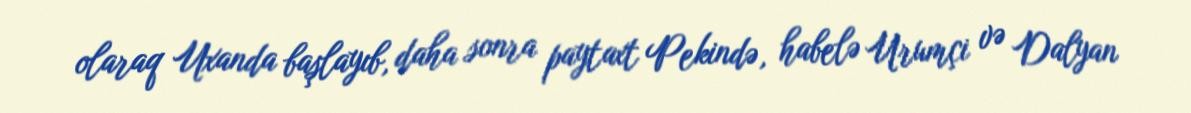
olaraq Uxanda başlayıb, daha sonra paytaxt Pekində, habelə Urumçi və Dalyan